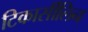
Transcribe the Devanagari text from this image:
टिकार्सीलिन